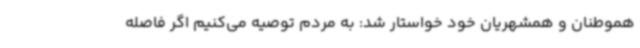
هموطنان و همشهریان خود خواستار شد: به مردم توصیه می‌کنیم اگر فاصله